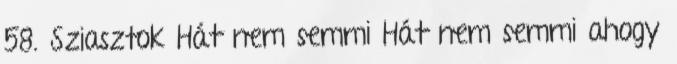
58. Sziasztok Hát nem semmi Hát nem semmi ahogy